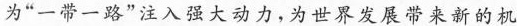
为”一带一路”注入强大动力，为世界发展带来新的机